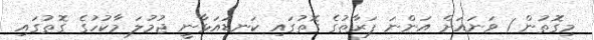
މިގޮތުން 1 ވަނައަށް އަންނަ ފަރާތުގެ ގޮތުގައި ކަނޑައަޅާނީ ޖުމުލަ މާކުހުގެ ގޮތުގައި